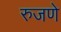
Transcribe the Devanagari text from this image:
रुजणे